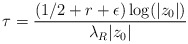
\begin{align*} \tau = \frac{(1/2 + r + \epsilon)\log(|z_0|)}{\lambda_R |z_0|}\end{align*}